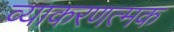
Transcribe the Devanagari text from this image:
व्याकरणत्मक